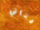
فتاتي